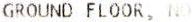
GROUND FLOOR, NO